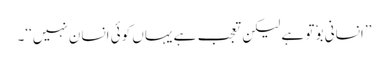
’’انسانی بوٗ تو ہے لیکن تعجب ہے یہاں کوئی انسان نہیں‘‘۔